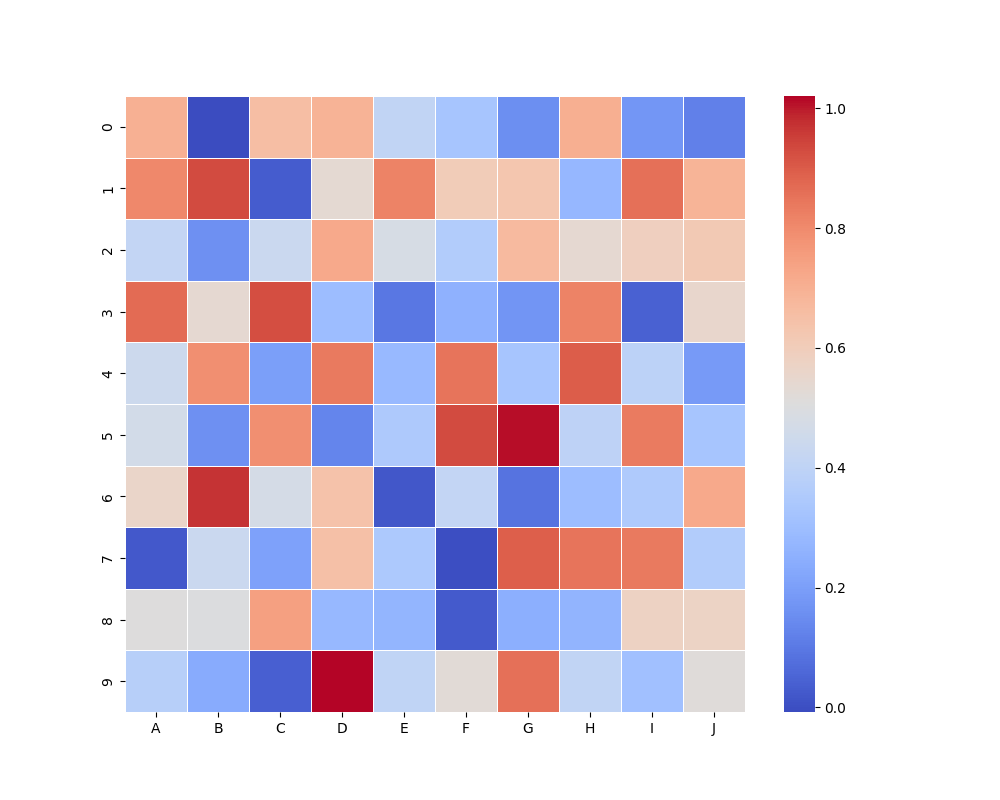
python, seaborn, heatmap, cmap='coolwarm', linewidths=0.5, center=none